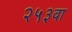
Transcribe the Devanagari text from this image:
२५३वा